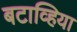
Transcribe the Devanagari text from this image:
बटाव्हिया